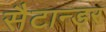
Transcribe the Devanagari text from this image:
सैटान्डर